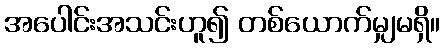
အပေါင်းအသင်းဟူ၍ တစ်ယောက်မျှမရှိ။